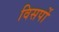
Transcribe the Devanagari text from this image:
विसर्पो